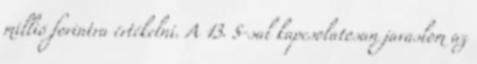
millió forintra értékelni. A 13. §-sal kapcsolatosan javaslom az